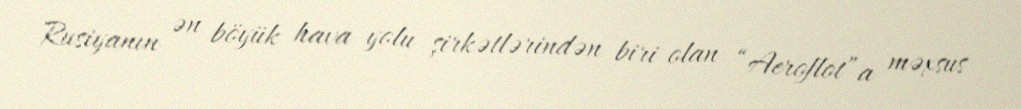
Rusiyanın ən böyük hava yolu şirkətlərindən biri olan “Aeroflot”a məxsus